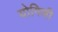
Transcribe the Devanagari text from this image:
योगिणी